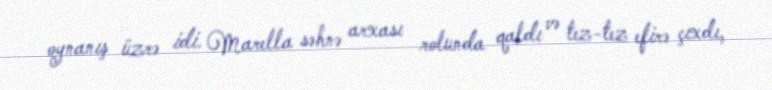
oynanış üzrə idi. Marella səhnə arxası rolunda qaldı və tez-tez efirə çıxdı,